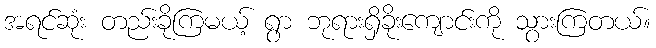
အရင်ဆုံး တည်းခိုကြမယ့် ရွာ ဘုရားရှိခိုးကျောင်းကို သွားကြတယ်။